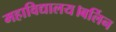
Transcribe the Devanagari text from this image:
महाविद्यालय।बर्लिन